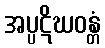
အပ္ပဋိဃဝန္တံ